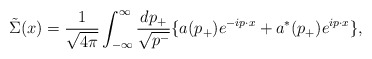
\begin{align*}\tilde{\Sigma}(x)=\frac{1}{\sqrt{4{\pi}}}\int^{\infty}_{-{\infty}}\frac{dp_+}{\sqrt{p^-}}\{ a(p_+)e^{-ip{\cdot}x}+a^{\ast}(p_+)e^{ip{\cdot}x} \},\end{align*}